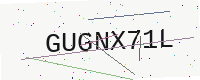
Text: GUGNX71L